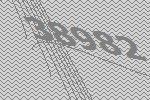
38982